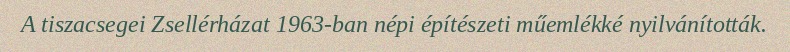
A tiszacsegei Zsellérházat 1963-ban népi építészeti műemlékké nyilvánították.